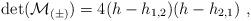
LaTeX: \begin{align*}\det({\cal M}_{(\pm)} )=4(h-h_{1,2})(h-h_{2,1}){}~,\end{align*}